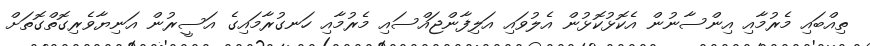
ތިއްބައި މެރުމާއި އިންސާނުން އެކޮޅުކޮޅުން އެލުވައި އަލިފާންޖައްސައި މެރުމާއި ހަނގުރާމައިގެ އަސީރުން އަނިޔާވެރިގޮތްގޮތަށް